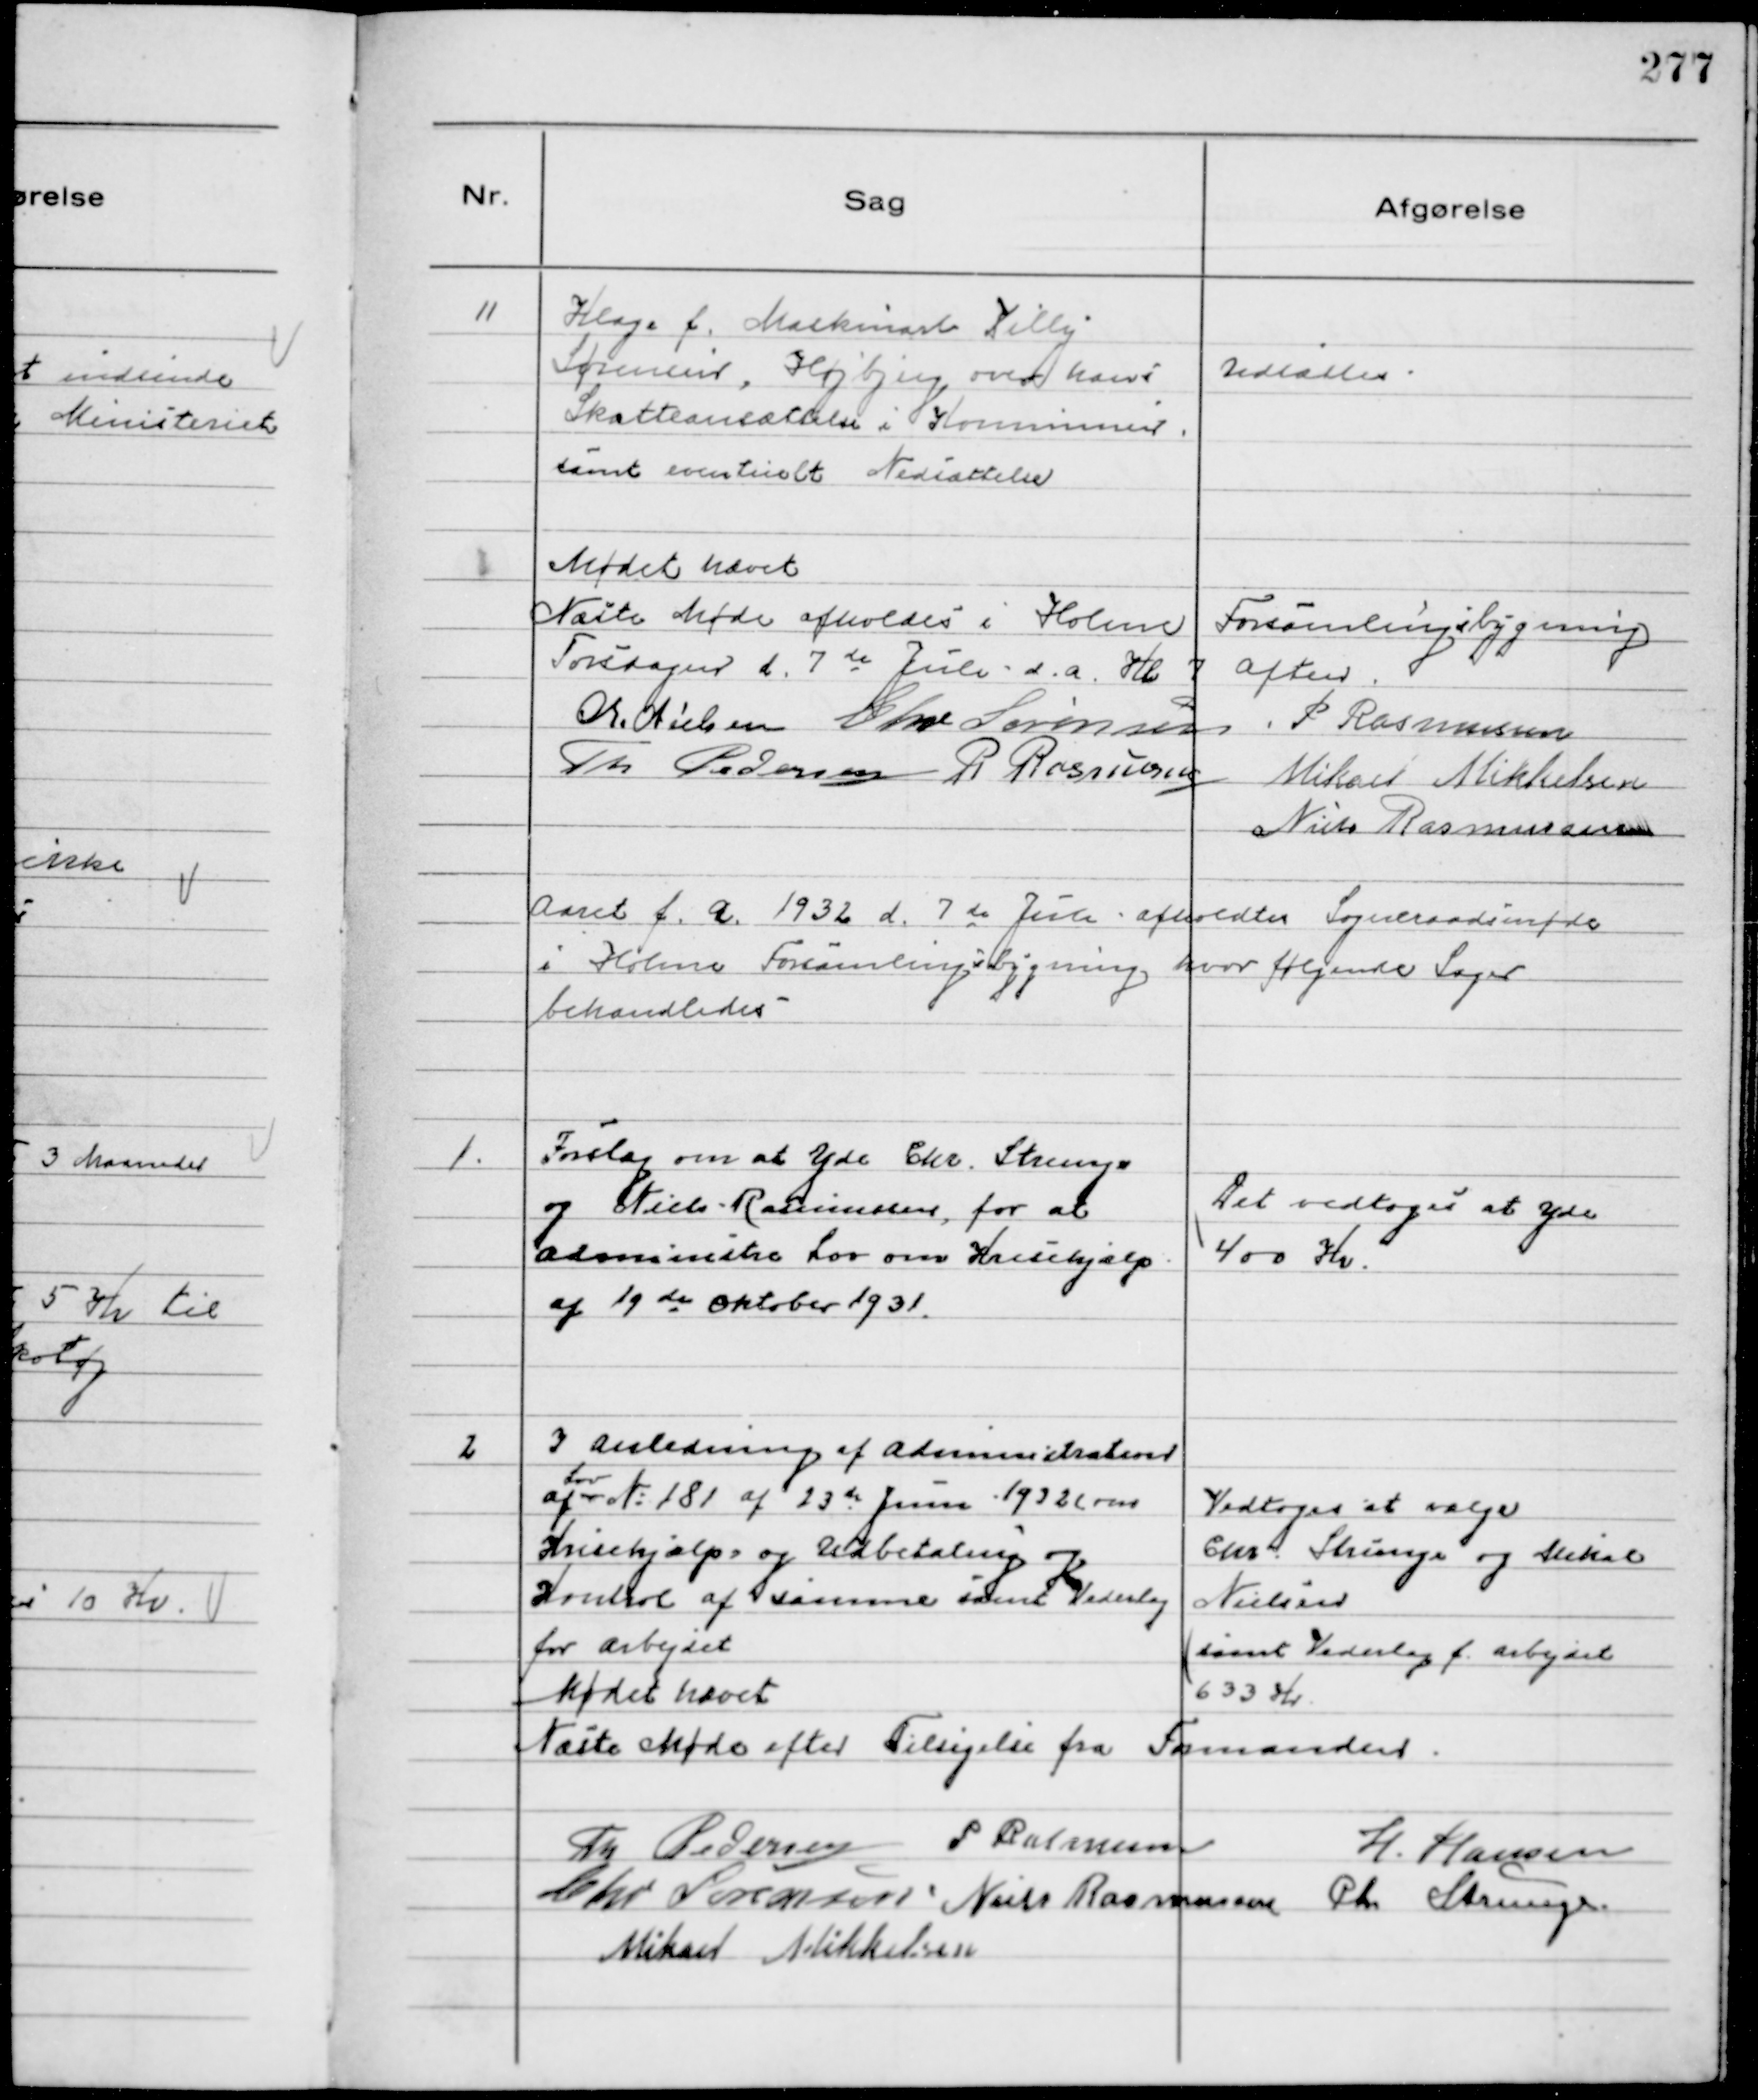
Transskription:
11
Klage f. Maskinarb Villy
Sørensen, Højbjerg over hans
Skatteansættelse i Kommunen
samt eventuelt Nedsættelse

Udsattes

Mødet hævet
Næste Møde afholdes i Holme Forsamlingsbygning
Torsdagen d. 7de Juli d.a. Kl 7 Aften.
Chr. Nielsen Chr Sørensen P Rasmussen
Th Pedersen R Rasmussen Mikael Mikkelsen
Niels Rasmussen

Aaret f. a. 1932 d. 7de Juli afholdtes Sogneraadsmøde
i Holme Forsamlingsbygning hvor følgende Sager
behandledes

1.
Forslag om at Yde Chr. Strunge
og Niels Rasmussen, for at
administre Lov om Krisehjælp
af 19de Oktober 1931.

Det vedtoges at Yde
400 Kr.

2
I Anledning af Administration
af
Lov
№ 181 af 23de Juni 1932 (om
Krisehjælp) og Udbetaling og
Kontrol af samme samt Vederlag
for Arbejdet

Vedtoges at vælge
Chr. Strunge og Mikal
Nielsen
samt Vederlag f. arbejdet
633 Kr.

Mødet hævet
Næste Møde efter Tilsigelse fra Formanden.
Th Pedersen P Rasmussen
H. Hansen
Chr Sørensen Niels Rasmussen Chr Strunge.
Mikael Mikkelsen